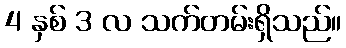
4 နှစ် 3 လ သက်တမ်းရှိသည်။